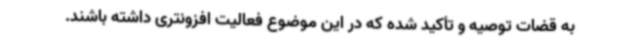
به قضات توصیه و تأکید شده که در این موضوع فعالیت افزونتری داشته باشند.